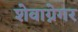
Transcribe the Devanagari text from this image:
शेवाग्नेगर